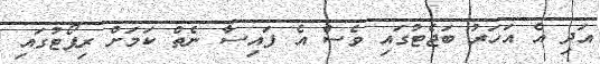
އަދި އެ އަހަރު ބަޖެޓުގައި ވެސް އެ ފައިސާ ނެތް ކަމަށް ރިޕޯޓުގައި